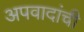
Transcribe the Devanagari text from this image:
अपवादांची